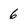
Character: 6